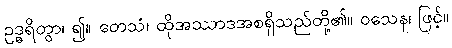
ဥဒ္ဓရိတွာ၊ ၍။ တေသံ၊ ထိုအဿာဒအစရှိသည်တို့၏။ ဝသေန၊ ဖြင့်။